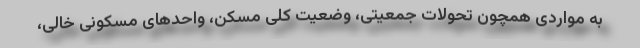
به مواردی همچون تحولات جمعیتی، وضعیت کلی مسکن، واحدهای مسکونی خالی،